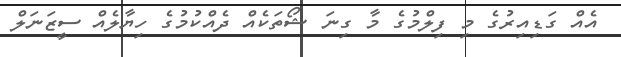
އެއް ގަޑިއިރުގެ މި ފިލްމުގެ މާ ގިނަ ޝޯތަކެއް ދެއްކުމުގެ ހިޔާލެއް ސީޒަނަލް